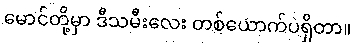
မောင်တို့မှာ ဒီသမီးလေး တစ်ယောက်ပဲရှိတာ။